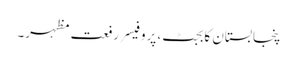
پنجابستان کابجٹ، پروفیسر رفعت مظہر۔